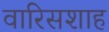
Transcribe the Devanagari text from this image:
वारिसशाह